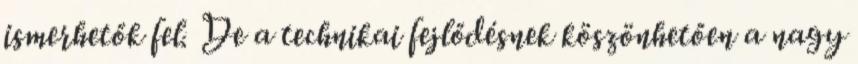
ismerhetők fel. De a technikai fejlődésnek köszönhetően a nagy